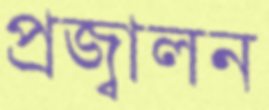
প্রজ্বালন